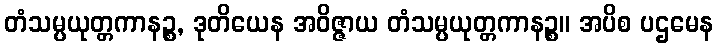
တံသမ္ပယုတ္တကာနဉ္စ, ဒုတိယေန အဝိဇ္ဇာယ တံသမ္ပယုတ္တကာနဉ္စ။ အပိစ ပဌမေန